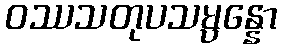
ဝဿသတုပသမ္ပန္နော